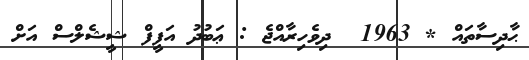
ޙާދިސާތައް * 1963  ދިވެހިރާއްޖެ : ޢަބުދު އަފީފް ޝީޝެލްސް އަށް